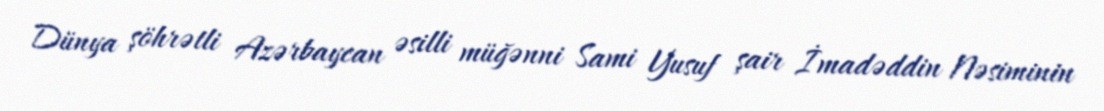
Dünya şöhrətli Azərbaycan əsilli müğənni Sami Yusuf şair İmadəddin Nəsiminin